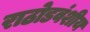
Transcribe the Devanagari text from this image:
राठोडवंशीय